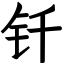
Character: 钎